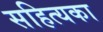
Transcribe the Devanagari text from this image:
सहित्यका